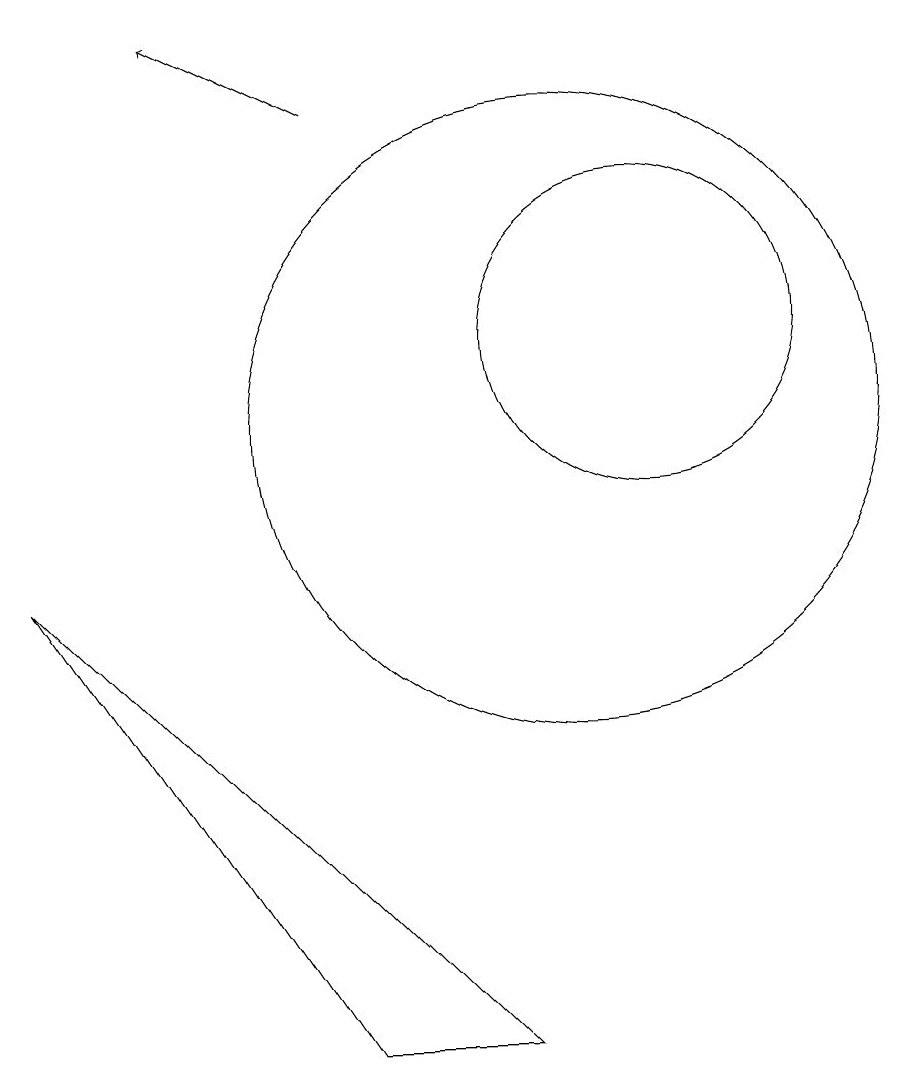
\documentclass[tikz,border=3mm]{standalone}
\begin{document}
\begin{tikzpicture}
\draw (10,10) circle (4);
\draw[->] (7,14) -- (5,15);
\draw (3,8) -- (9,2) -- (7,2) -- cycle;
\draw (11,11) circle (2);
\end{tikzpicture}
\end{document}